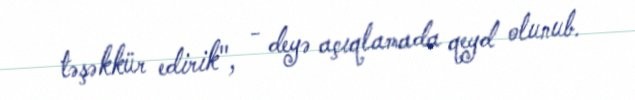
təşəkkür edirik", - deyə açıqlamada qeyd olunub.